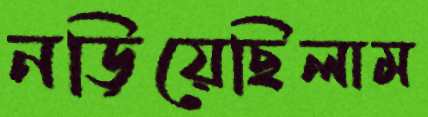
নড়িয়েছিলাম